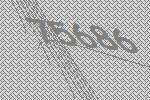
75686